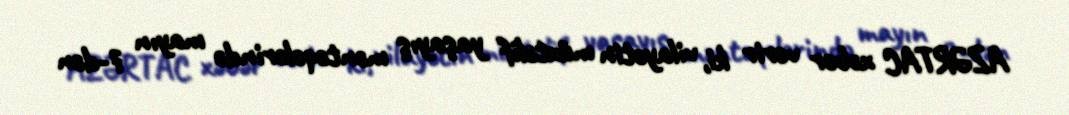
AZƏRTAC xəbər verir ki, vilayətin müxtəlif yaşayış məntəqələrində mayın 7-dən